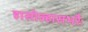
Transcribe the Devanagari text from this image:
हासोल्हासभरैः